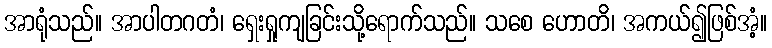
အာရုံသည်။ အာပါတဂတံ၊ ရှေးရှုကျခြင်းသို့ရောက်သည်။ သစေ ဟောတိ၊ အကယ်၍ဖြစ်အံ့။